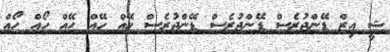
ޝީ އިޒް ޑޭންޖުރެސް ޑޭންޖުރެސް ޑޭޭންޖުރެސް ހޭއް ހޭއް ހޭއް ހޯއް ހޯއް